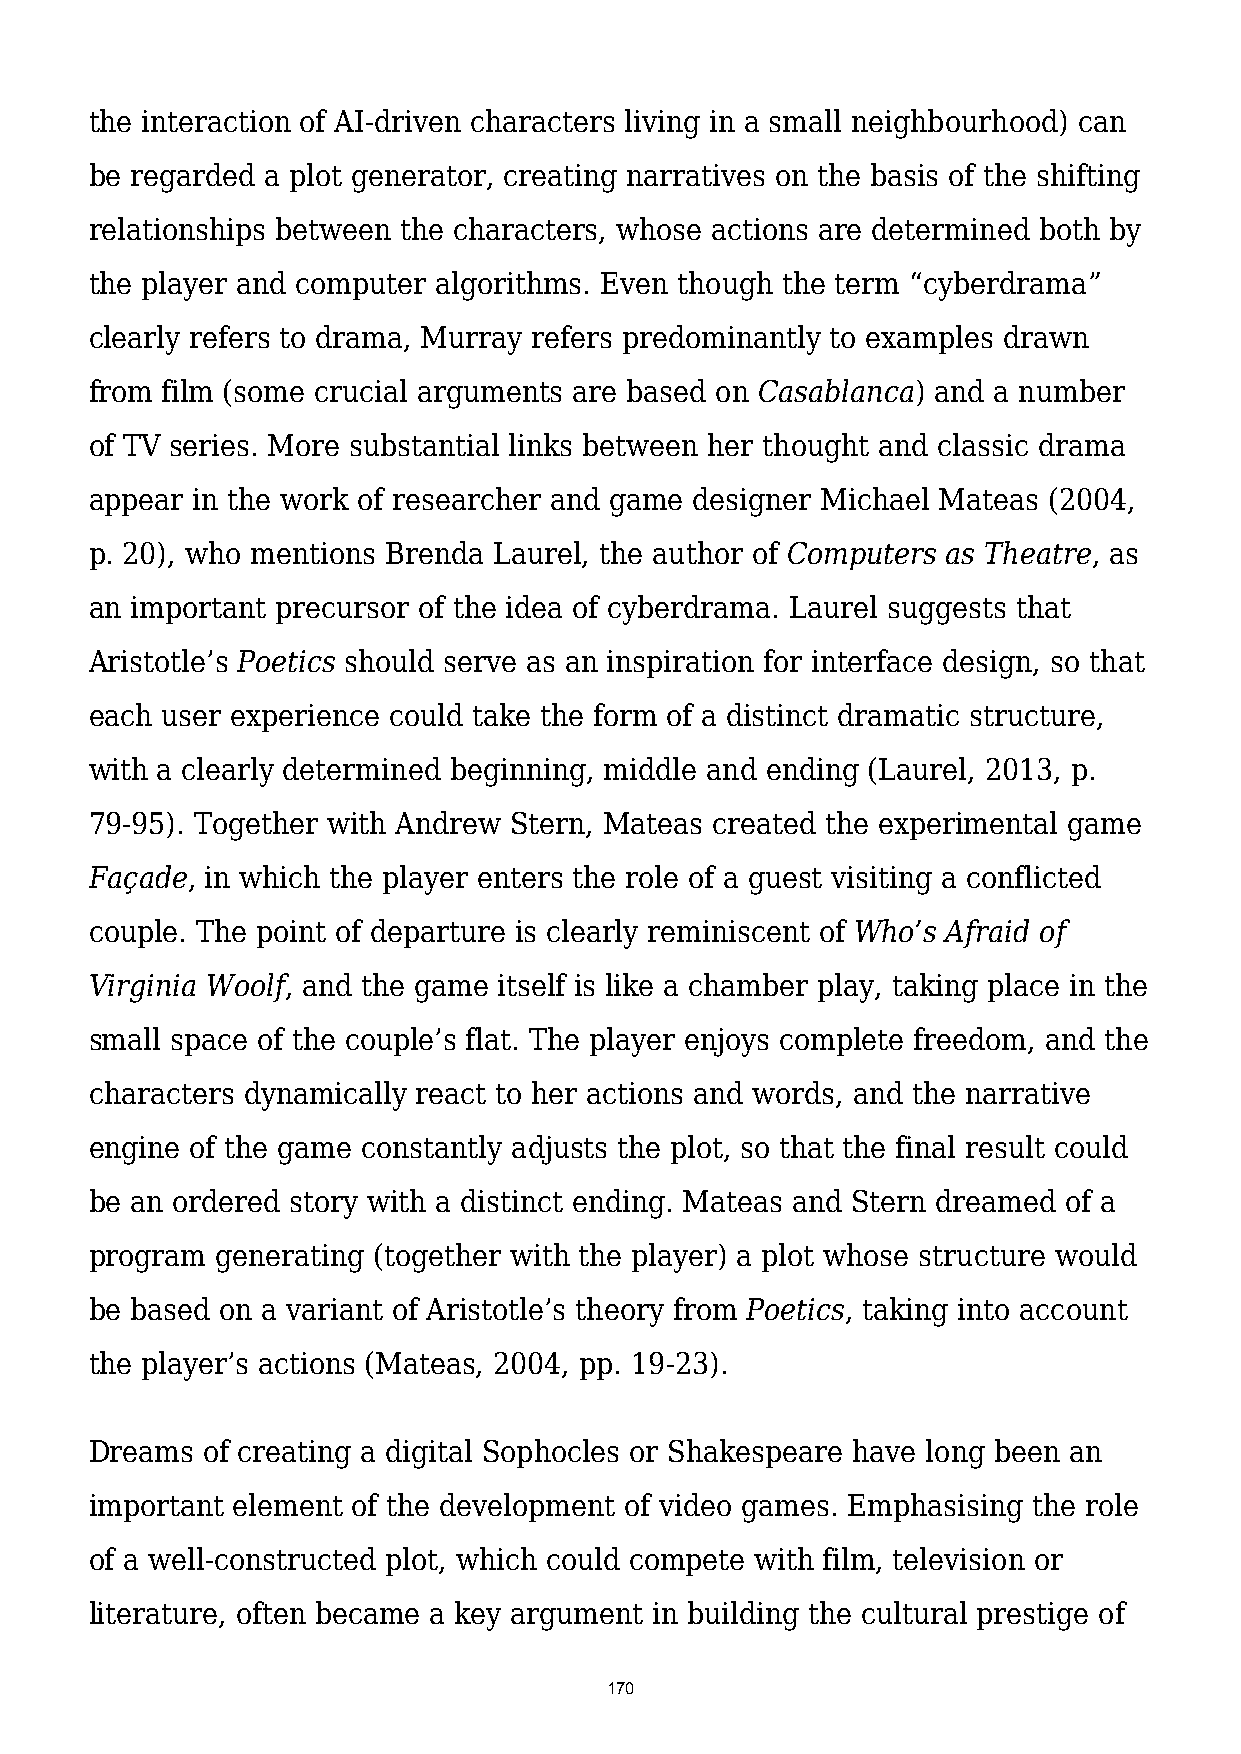
the interaction of AI-driven characters living in a small neighbourhood) can
 be regarded a plot generator, creating narratives on the basis of the shifting
 relationships between the characters, whose actions are determined both by
 the player and computer algorithms. Even though the term “cyberdrama”
 clearly refers to drama, Murray refers predominantly to examples drawn
 from film (some crucial arguments are based on Casablanca) and a number
 of TV series. More substantial links between her thought and classic drama
 appear in the work of researcher and game designer Michael Mateas (2004,
 p. 20), who mentions Brenda Laurel, the author of Computers as Theatre, as
 an important precursor of the idea of cyberdrama. Laurel suggests that
 Aristotle’s Poetics should serve as an inspiration for interface design, so that
 each user experience could take the form of a distinct dramatic structure,
 with a clearly determined beginning, middle and ending (Laurel, 2013, p.
 79-95). Together with Andrew Stern, Mateas created the experimental game
 Façade, in which the player enters the role of a guest visiting a conflicted
 couple. The point of departure is clearly reminiscent of Who’s Afraid of
 Virginia Woolf, and the game itself is like a chamber play, taking place in the
 small space of the couple’s flat. The player enjoys complete freedom, and the
 characters dynamically react to her actions and words, and the narrative
 engine of the game constantly adjusts the plot, so that the final result could
 be an ordered story with a distinct ending. Mateas and Stern dreamed of a
 program generating (together with the player) a plot whose structure would
 be based on a variant of Aristotle’s theory from Poetics, taking into account
 the player’s actions (Mateas, 2004, pp. 19-23).
 Dreams of creating a digital Sophocles or Shakespeare have long been an
 important element of the development of video games. Emphasising the role
 of a well-constructed plot, which could compete with film, television or
 literature, often became a key argument in building the cultural prestige of
 170